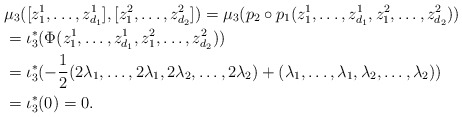
\begin{align*}&\mu_3([z^1_1,\ldots,z^1_{d_1}],[z^2_1,\ldots,z^2_{d_2}])=\mu_3(p_2 \circ p_1(z^1_1,\ldots,z^1_{d_1},z^2_1,\ldots,z^2_{d_2}))\\&=\iota_3^{\ast}(\Phi(z^1_1,\ldots,z^1_{d_1},z^2_1,\ldots,z^2_{d_2}))\\&=\iota_3^{\ast}(-\frac{1}{2}(2\lambda_1,\ldots,2\lambda_1,2\lambda_2,\ldots,2\lambda_2)+(\lambda_1,\ldots,\lambda_1,\lambda_2,\ldots,\lambda_2))\\&=\iota_3^{\ast}(0)=0.\end{align*}